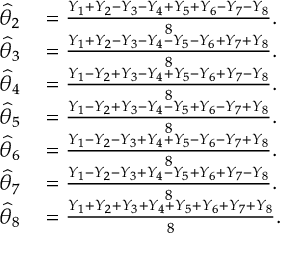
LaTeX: \begin{array} { r l } { { \widehat { \theta } } _ { 2 } } & { { } = { \frac { Y _ { 1 } + Y _ { 2 } - Y _ { 3 } - Y _ { 4 } + Y _ { 5 } + Y _ { 6 } - Y _ { 7 } - Y _ { 8 } } { 8 } } . } \\ { { \widehat { \theta } } _ { 3 } } & { { } = { \frac { Y _ { 1 } + Y _ { 2 } - Y _ { 3 } - Y _ { 4 } - Y _ { 5 } - Y _ { 6 } + Y _ { 7 } + Y _ { 8 } } { 8 } } . } \\ { { \widehat { \theta } } _ { 4 } } & { { } = { \frac { Y _ { 1 } - Y _ { 2 } + Y _ { 3 } - Y _ { 4 } + Y _ { 5 } - Y _ { 6 } + Y _ { 7 } - Y _ { 8 } } { 8 } } . } \\ { { \widehat { \theta } } _ { 5 } } & { { } = { \frac { Y _ { 1 } - Y _ { 2 } + Y _ { 3 } - Y _ { 4 } - Y _ { 5 } + Y _ { 6 } - Y _ { 7 } + Y _ { 8 } } { 8 } } . } \\ { { \widehat { \theta } } _ { 6 } } & { { } = { \frac { Y _ { 1 } - Y _ { 2 } - Y _ { 3 } + Y _ { 4 } + Y _ { 5 } - Y _ { 6 } - Y _ { 7 } + Y _ { 8 } } { 8 } } . } \\ { { \widehat { \theta } } _ { 7 } } & { { } = { \frac { Y _ { 1 } - Y _ { 2 } - Y _ { 3 } + Y _ { 4 } - Y _ { 5 } + Y _ { 6 } + Y _ { 7 } - Y _ { 8 } } { 8 } } . } \\ { { \widehat { \theta } } _ { 8 } } & { { } = { \frac { Y _ { 1 } + Y _ { 2 } + Y _ { 3 } + Y _ { 4 } + Y _ { 5 } + Y _ { 6 } + Y _ { 7 } + Y _ { 8 } } { 8 } } . } \end{array}